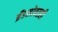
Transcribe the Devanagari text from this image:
ब्रँडसोबतही